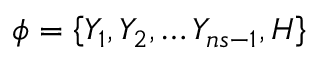
\boldsymbol { \phi } = \left\{ Y _ { 1 } , Y _ { 2 } , \ldots Y _ { n s - 1 } , H \right\}